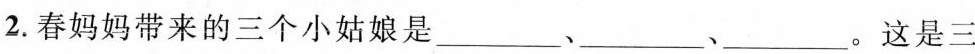
2.春妈妈带来的三个小姑娘是___、___、___。这是三